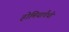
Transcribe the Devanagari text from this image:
होमियापैथी